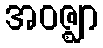
အဝဇ္ဈာ